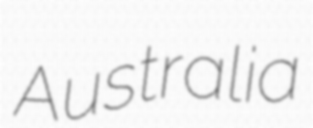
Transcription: Australia